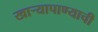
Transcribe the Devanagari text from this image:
खार्‍यापाण्याची